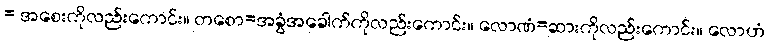
= အစေးကိုလည်းကောင်း။ တစော=အခွံအခေါက်ကိုလည်းကောင်း။ လောဏံ=ဆားကိုလည်းကောင်း။ လောဟံ